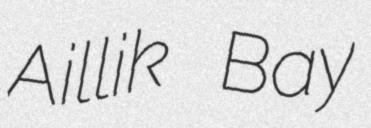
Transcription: Aillik Bay